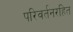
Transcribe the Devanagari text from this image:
परिवर्तनरहित